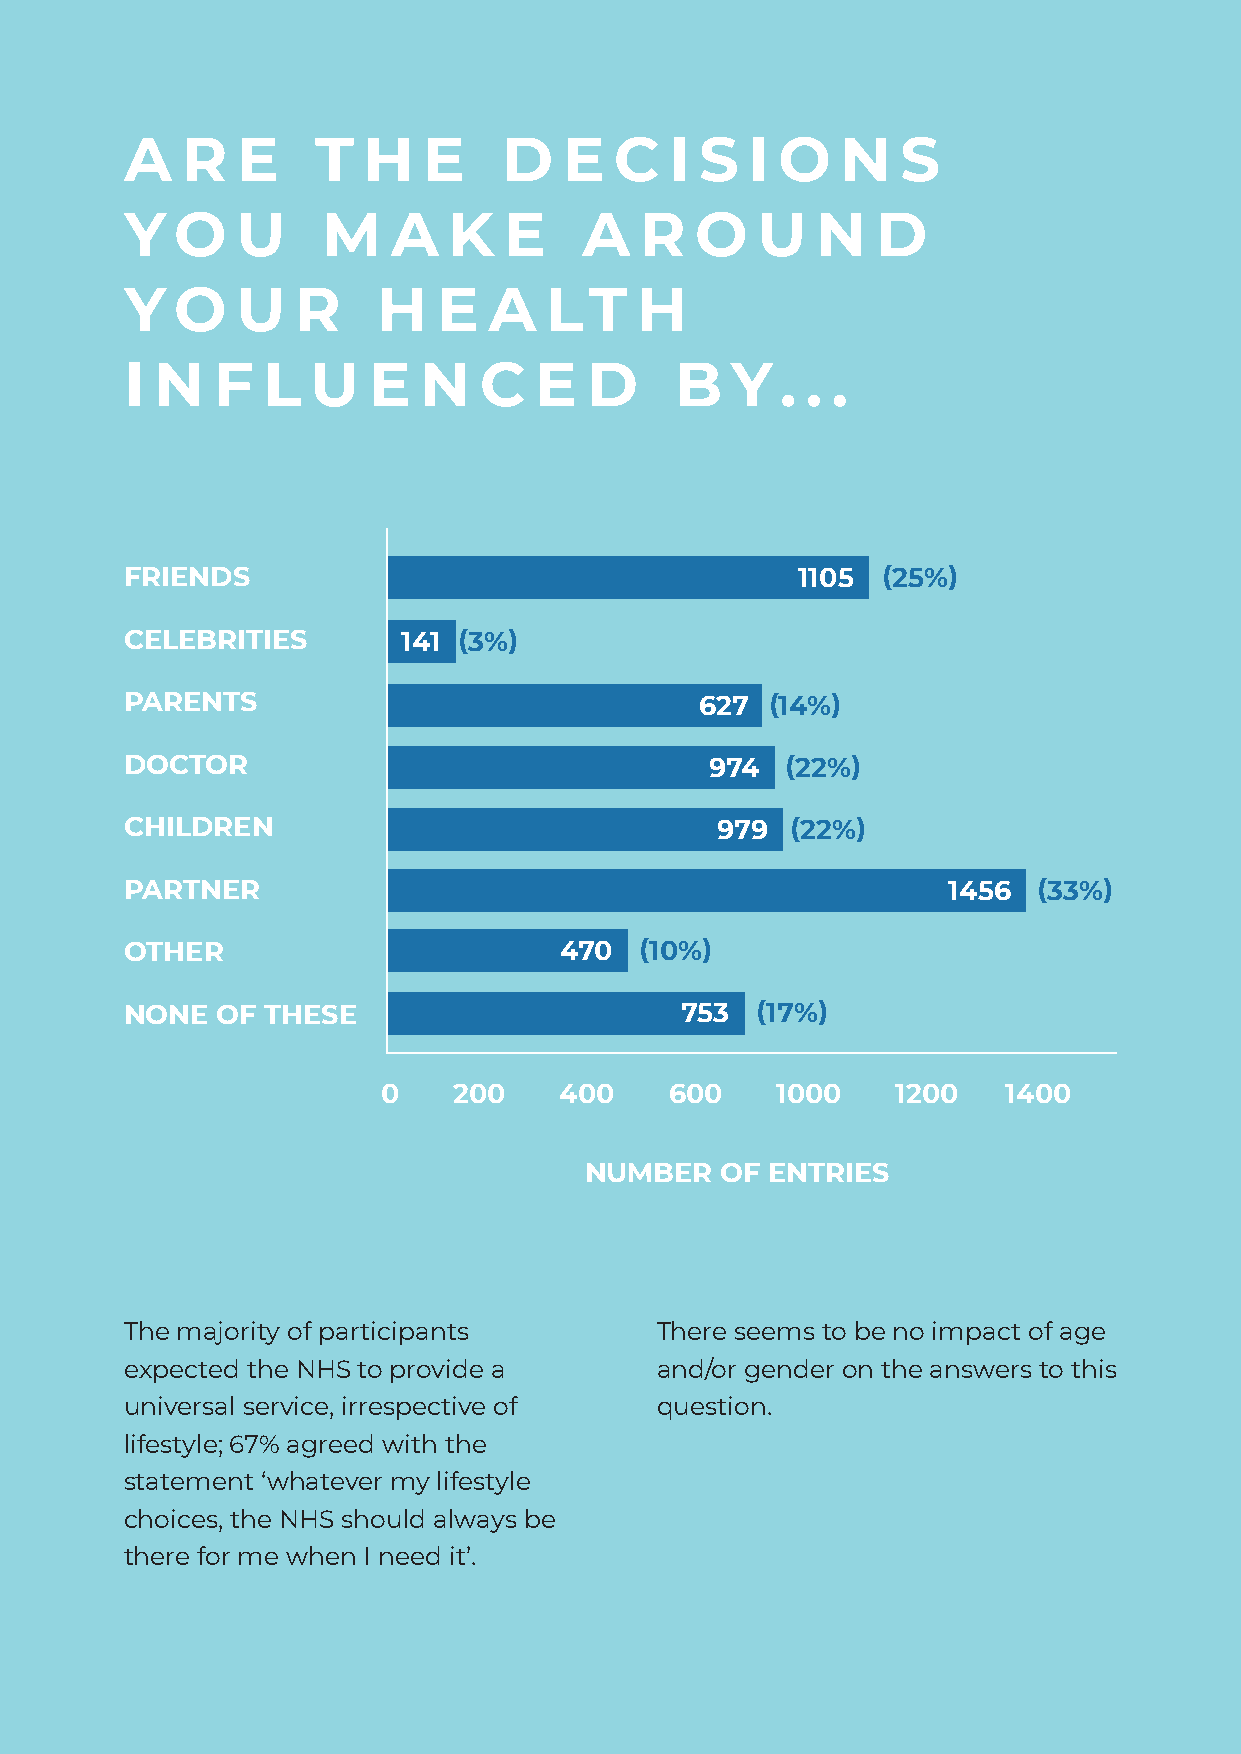
A   R   E    T  H   E    D   E   C  I S   I O   N   S
 Y   O   U    M    A   K  E     A  R   O   U   N   D
 Y   O   U  R     H   E  A   LT    H
 I N   F  L   U  E   N   C  E   D     B  Y   . . .
 FRIENDS                                      1105 (25%)
 CELEBRITIES        141 (3%)
 PARENTS                               627  (14%)
 DOCTOR                                 974  (22%)
 CHILDREN                               979  (22%)
 PARTNER                                                1456  (33%)
 OTHER                        470  (10%)
 NONE  OF THESE                       753  (17%)
 0    200    400    600    1000    1200    1400
 NUMBER   OF ENTRIES
 The majority of participants       There seems to be no impact of age
 expected the NHS to provide a      and/or gender on the answers to this
 universal service, irrespective of question.
 lifestyle; 67% agreed with the
 statement ‘whatever my lifestyle
 choices, the NHS should always be
 there for me when I need it’.
 18